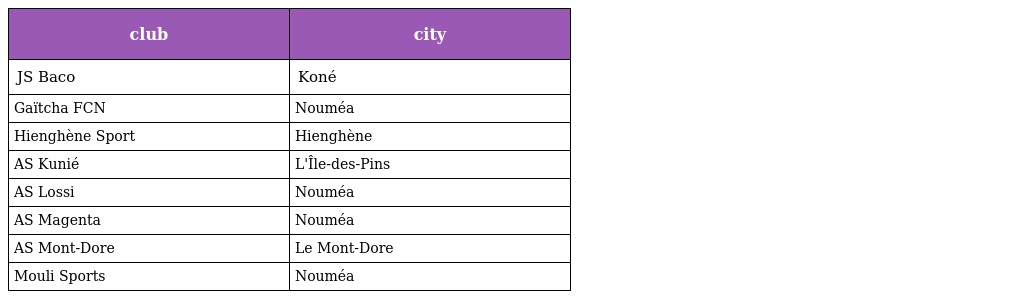
| club | city |
 | --- | --- |
 | JS Baco | Koné |
 | Gaïtcha FCN | Nouméa |
 | Hienghène Sport | Hienghène |
 | AS Kunié | L'Île-des-Pins |
 | AS Lossi | Nouméa |
 | AS Magenta | Nouméa |
 | AS Mont-Dore | Le Mont-Dore |
 | Mouli Sports | Nouméa |